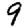
Digit: 9